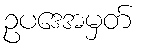
ဥပဒေအမှတ်